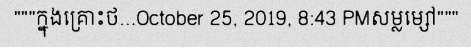
"""ក្នុងគ្រោះថ...October 25, 2019, 8:43 PMសម្លម្សៅ"""